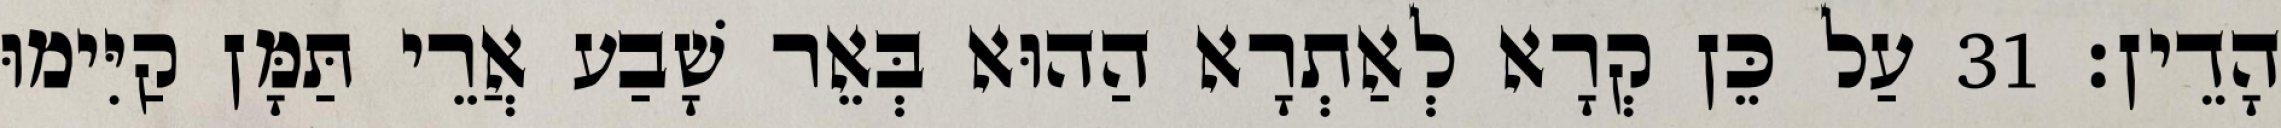
הָדֵין׃ 31 עַל כֵּן קְרָא לְאַתְרָא הַהוּא בְּאֵר שָׁבַע אֲרֵי תַּמָּן קַיִּימוּ